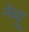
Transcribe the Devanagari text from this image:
नेब्यू